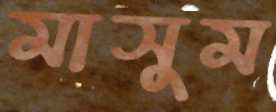
মাসুম